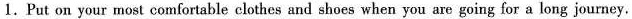
1. Put on your most comfortable clothes and shoes when you are going for a long journey.